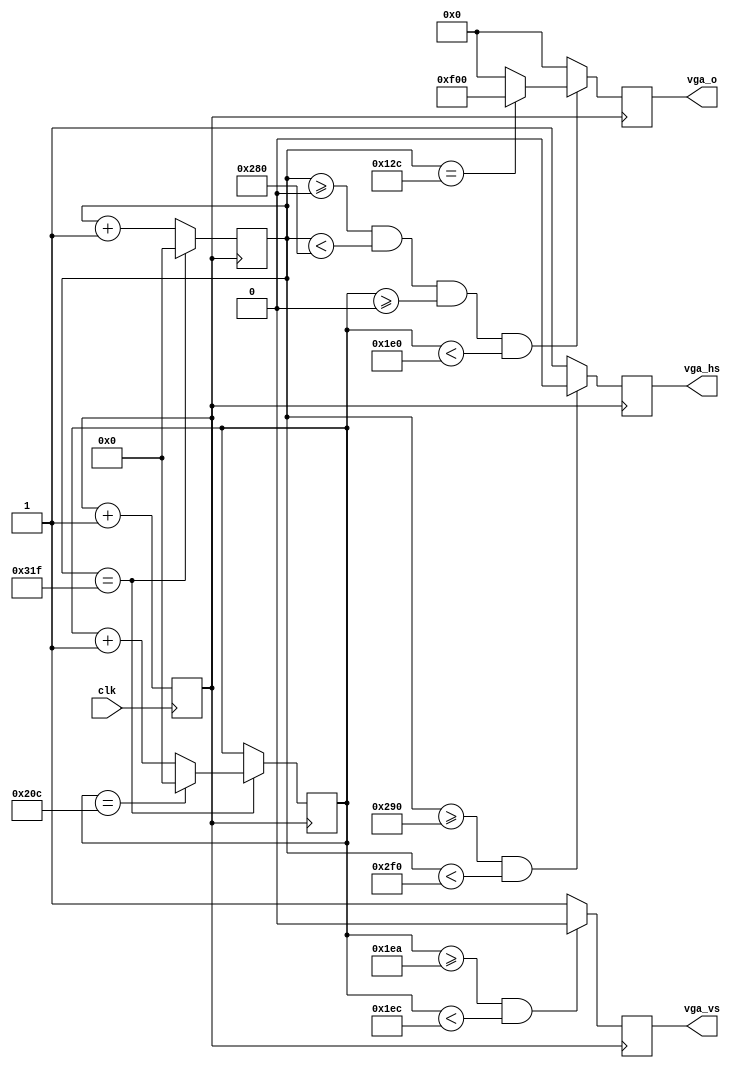
module vga_out(
     clk, vga_hs, vga_vs, vga_o
     );
    
     input clk;
     output reg vga_hs, vga_vs;
     output reg [11:0] vga_o;
    
     reg pclk;
     reg [31:0] hcnt, vcnt;
    
     always @ (posedge clk)
     begin
        pclk <= pclk + 1'b1;
     end
    
     always @ (posedge pclk)
     begin
         hcnt<= hcnt+ 1;
         if(hcnt == 799) begin
            hcnt<= 0;
            vcnt<= vcnt+ 1;
            if(vcnt == 524) begin
                vcnt<= 0;
            end
         end
        
	 if(hcnt>=656 && hcnt<752) vga_hs <= 1'b0;
	 else                      vga_hs <= 1'b1;
	
	 if(vcnt>=490 && vcnt<492) vga_vs <= 1'b0;
	 else                      vga_vs <= 1'b1;
            
         if(hcnt>=0 && hcnt<640 && vcnt>=0 && vcnt<480)
            if (hcnt == 300) vga_o <= 12'hf00;
            else vga_o <= 12'h000;
         else vga_o <= 12'h000;
    end

endmodule